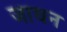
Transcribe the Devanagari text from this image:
जाधन